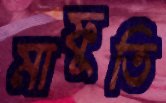
মাফুতি